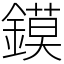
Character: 鏌